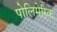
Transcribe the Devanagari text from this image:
पोलिमेरिक